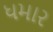
ધમાર